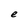
Character: e